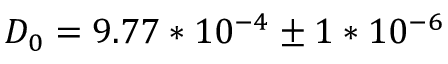
D _ { 0 } = 9 . 7 7 * 1 0 ^ { - 4 } \pm 1 * 1 0 ^ { - 6 }